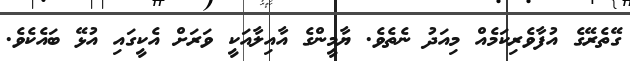
ގޭތެރޭގެ އުފާވެރިކަމެއް މިއަދު ނެތެވެ. ޔާމީންގެ އާއިލާއަކީ ވަރަށް އެކީގައި އުޅޭ ބައެކެވެ.